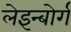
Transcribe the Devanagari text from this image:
लेइन्बोर्ग